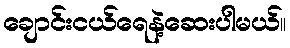
ချောင်းငယ်ရေနဲ့ဆေးပါမယ်။